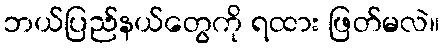
ဘယ်ပြည်နယ်တွေကို ရထား ဖြတ်မလဲ။